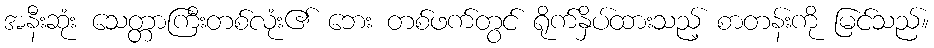
အနီးဆုံး သေတ္တာကြီးတစ်လုံး၏ ဘေး တစ်ဖက်တွင် ရိုက်နှိပ်ထားသည့် စာတန်းကို မြင်သည်။